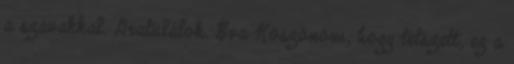
a szavakkal. Gratulálok. Éva Köszönöm, hogy tetszett, ez a